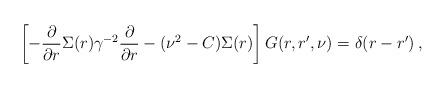
LaTeX: \begin{align*}\left[-\frac{\partial}{\partial r} \Sigma(r) \gamma^{-2}\frac{\partial}{\partial r} - (\nu^2 - C) \Sigma(r)\right]G(r,r',\nu) = \delta(r - r') \,,\end{align*}